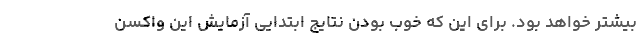
بیشتر خواهد بود. برای این که خوب بودن نتایج ابتدایی آزمایش این واکسن